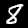
Digit: 8